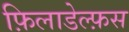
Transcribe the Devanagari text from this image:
फ़िलाडेल्फ़स